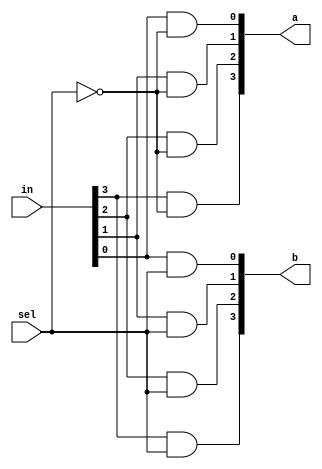
`timescale 1ns/1ps

module Dmux_1x2_4bit(in, a, b, sel);
    input [4-1:0] in;
    input sel;
    output [4-1:0] a, b;
    wire _sel;

    not Not(_sel, sel);

    and g3a(a[3], in[3], _sel);
    and g3b(b[3], in[3], sel);

    and g2a(a[2], in[2], _sel);
    and g2b(b[2], in[2], sel);

    and g1a(a[1], in[1], _sel);
    and g1b(b[1], in[1], sel);

    and g0a(a[0], in[0], _sel);
    and g0b(b[0], in[0], sel);
endmodule

module Dmux_1x4_4bit(in, a, b, c, d, sel);
    input [4-1:0] in;
    input [2-1:0] sel;
    output [4-1:0] a, b, c, d;
    wire [3:0] ab, cd;

    Dmux_1x2_4bit ABCD(in, ab, cd, sel[1]);
    Dmux_1x2_4bit AB(ab, a, b, sel[0]);
    Dmux_1x2_4bit CD(cd, c, d, sel[0]);
endmodule